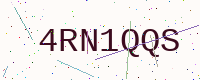
Text: 4RN1QQS